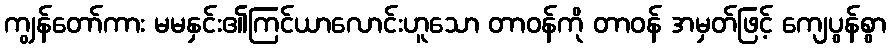
ကျွန်တော်ကား မမနှင်း၏ကြင်ယာလောင်းဟူသော တာဝန်ကို တာဝန် အမှတ်ဖြင့် ကျေပွန်စွာ